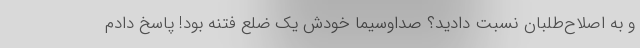
و به اصلاح‌طلبان نسبت دادید؟ صداوسیما خودش یک ضلع فتنه بود! پاسخ دادم